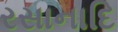
રસાનાદિ